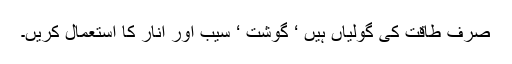
صرف طاقت کی گولیاں ہیں ‘ گوشت ‘ سیب اور انار کا استعمال کریں۔